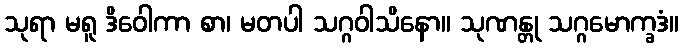
သုရာ မရူ ဒိဝေါကာ စာ၊ မတပါ သဂ္ဂဝါသိနော။ သုဏန္တု သဂ္ဂမောက္ခဒံ။